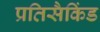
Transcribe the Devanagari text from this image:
प्रतिसैकिंड